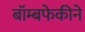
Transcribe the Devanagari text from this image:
बॉम्बफेकीने